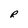
Character: R